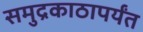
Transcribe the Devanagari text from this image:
समुद्रकाठापर्यंत